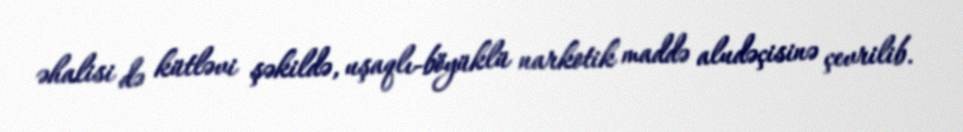
əhalisi də kütləvi şəkildə, uşaqlı-böyüklü narkotik maddə aludəçisinə çevrilib.